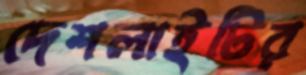
দেশলাইটির